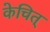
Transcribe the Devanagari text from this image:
केचित्